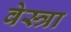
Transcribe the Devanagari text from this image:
वेस्त्रा